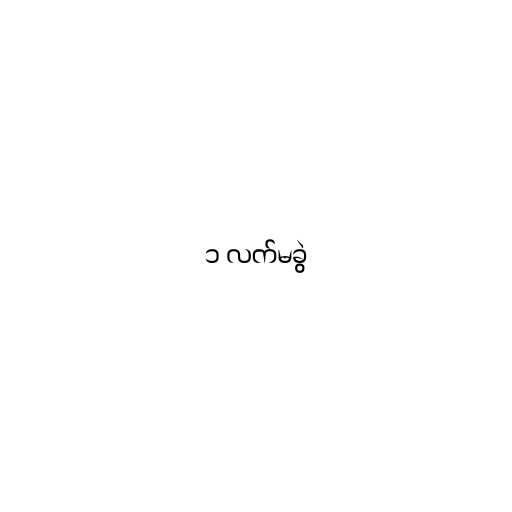
၁ လက်မခွဲ